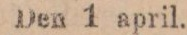
Den 1 april.